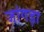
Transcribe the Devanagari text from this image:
जांगड़ा